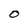
Character: O